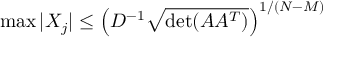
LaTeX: \operatorname* { m a x } | X _ { j } | \leq \left( D ^ { - 1 } { \sqrt { \operatorname* { d e t } ( A A ^ { T } ) } } \right) ^ { 1 / ( N - M ) }